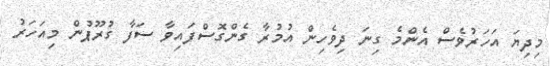
މިދިޔަ އަހަރުވެސް އެންމެ ގިނަ ދިވެހިން އުމުރާ ގެންގޮސްފައިވާ ސަފާ ގުރޫޕުން މިއަހަރު